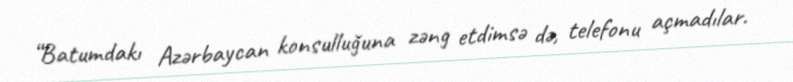
“Batumdakı Azərbaycan konsulluğuna zəng etdimsə də, telefonu açmadılar.